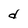
Character: d